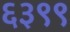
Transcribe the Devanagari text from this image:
६३९९